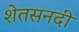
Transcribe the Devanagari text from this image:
शेतसनदी